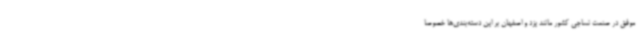
موفق در صنعت نساجی کشور مانند یزد و اصفهان بر این دسته‌بندی‌ها خصوصا